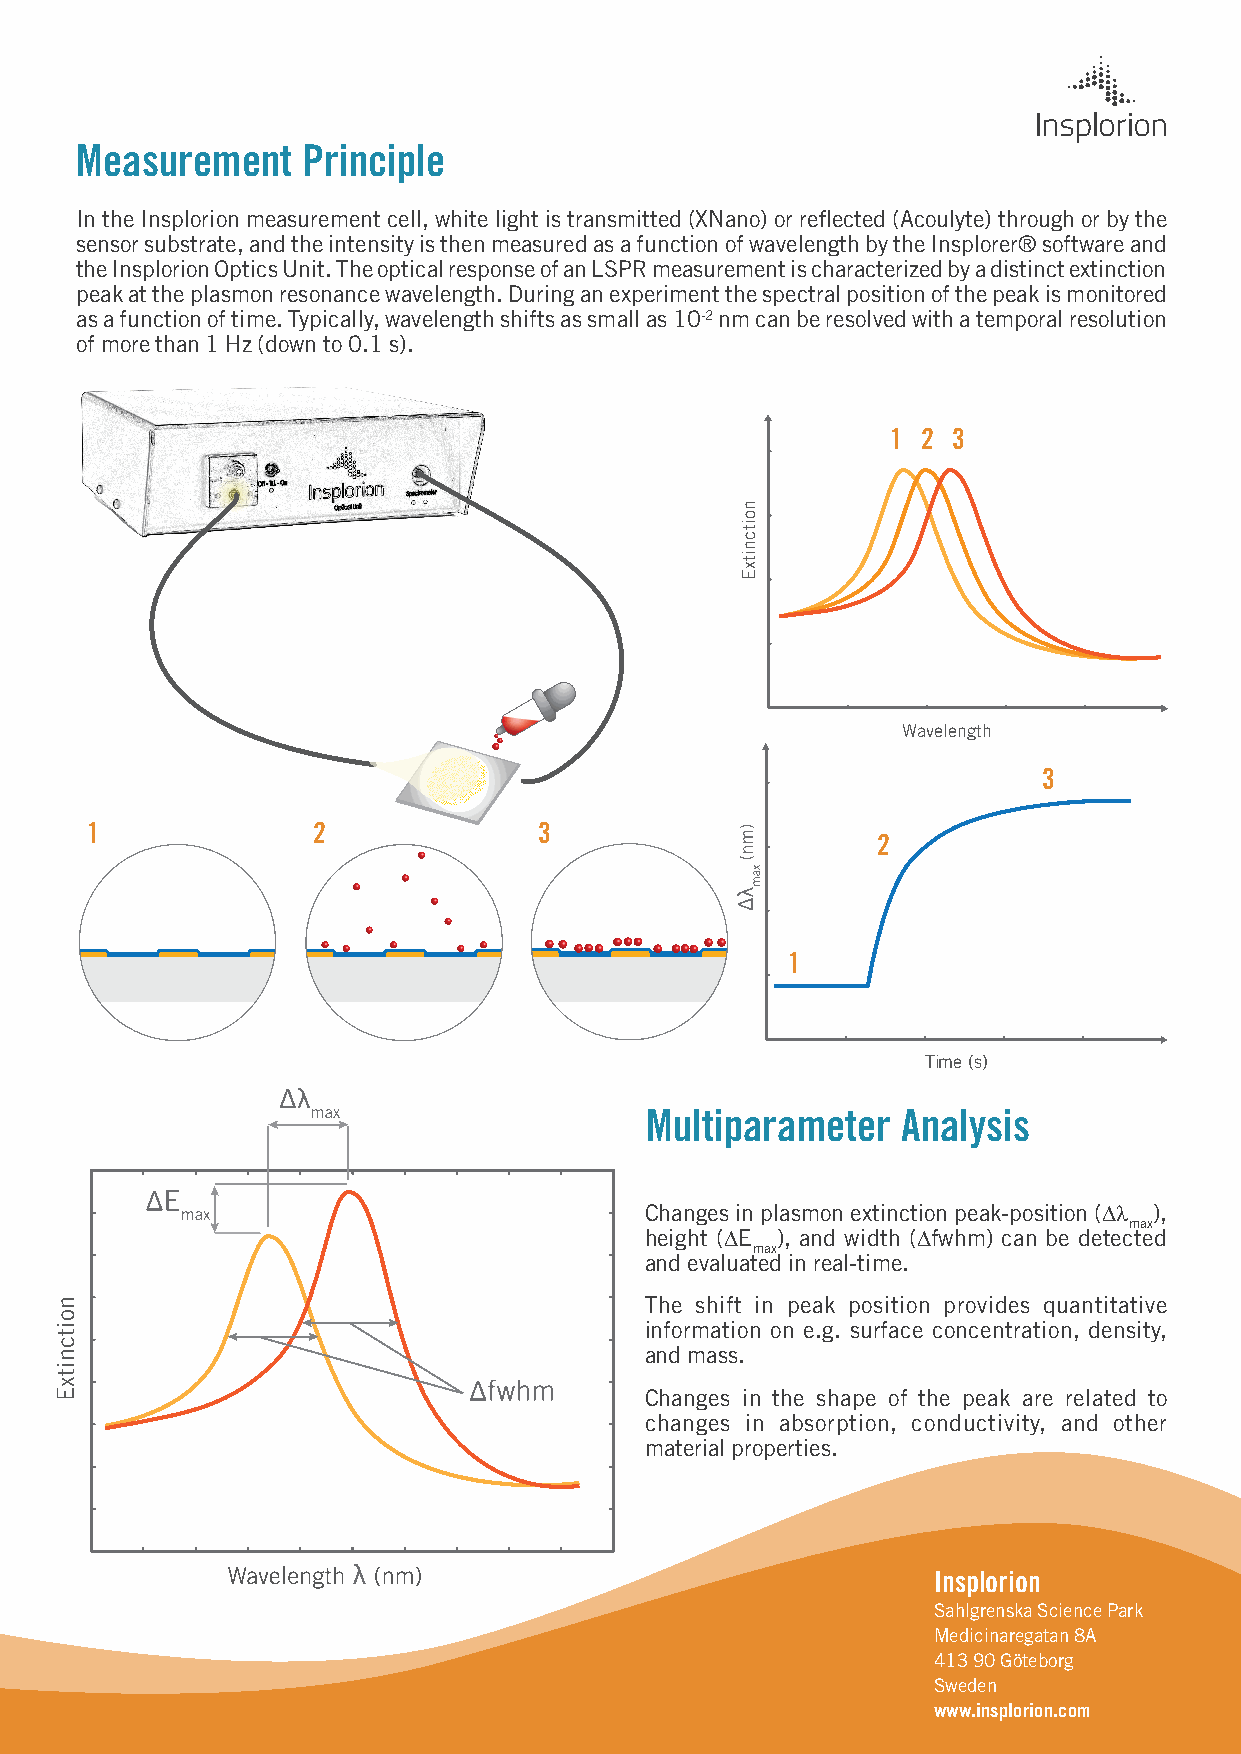
Measurement    Principle
 In the Insplorion measurement cell, white light is transmitted (XNano) or reflected (Acoulyte) through or by the
 sensor substrate, and the intensity is then measured as a function of wavelength by the Insplorer® software and
 the Insplorion Optics Unit. The optical response of an LSPR measurement is characterized by a distinct extinction
 peak at the plasmon resonance wavelength. During an experiment the spectral position of the peak is monitored
 as a function of time. Typically, wavelength shifts as small as 10-2 nm can be resolved with a temporal resolution
 of more than 1 Hz (down to 0.1 s).
 1 2 3
 Wavelength
 3
 1              2              3
 2
 1
 Time (s)
 Multiparameter   Analysis
 Changes in plasmon extinction peak-position (Dl ),
 max
 height (DE ), and width (Dfwhm) can be detected
 max
 and evaluated in real-time.
 The shift in peak position provides quantitative
 information on e.g. surface concentration, density,
 and mass.
 Changes in the shape of the peak are related to
 changes in absorption, conductivity, and other
 material properties.
 Insplorion
 Sahlgrenska Science Park
 Medicinaregatan 8A
 413 90 Göteborg
 Sweden
 www.insplorion.com
 noitcnitxE
 noitcnitxE